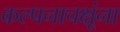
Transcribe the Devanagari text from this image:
कल्पनाचक्षूंना